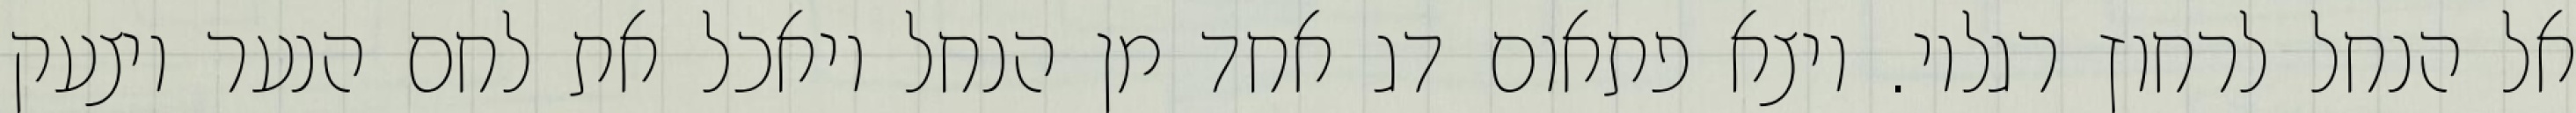
אל הנחל לרחוץ רגליו. ויצא פתאום דג אחד מן הנחל ויאכל את לחם הנער ויצעק